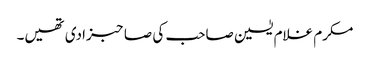
مکرم غلام یٰسین صاحب کی صاحبزادی تھیں۔